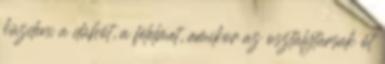
küzdeni a dühöt, a félelmet, amikor az osztálytársak őt